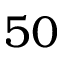
5 0